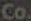
Co.